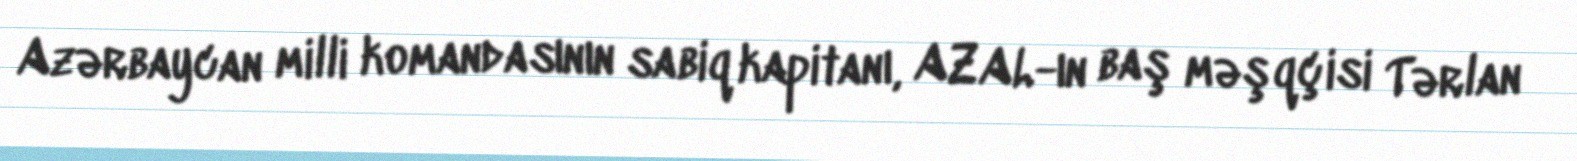
Azərbaycan milli komandasının sabiq kapitanı, AZAL-ın baş məşqçisi Tərlan